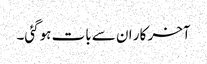
آخر کار ان سے بات ہوگئی۔